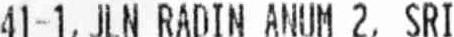
41-1, JLN RADIN ANUM 2, SRI